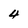
Character: 4